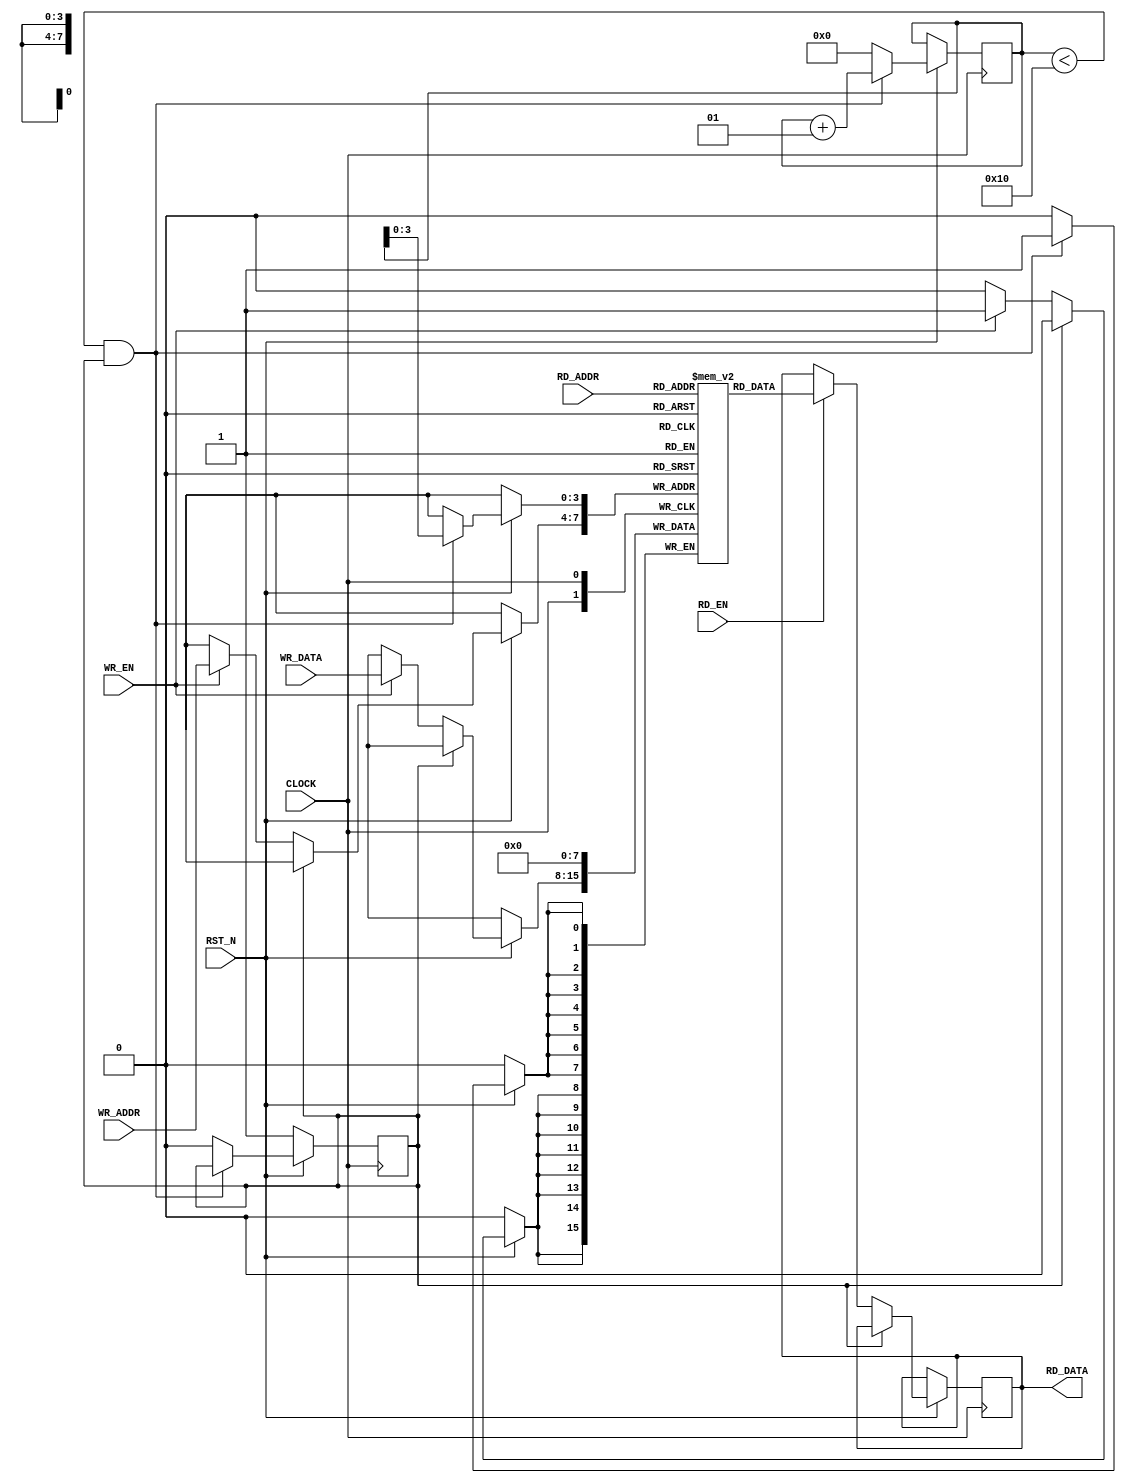
module ram #(
	parameter G_ADDR_WIDTH = 4,
	parameter G_DATA_WIDTH = 8
)(
	input CLOCK, RST_N, RD_EN, WR_EN,
	input [G_ADDR_WIDTH-1 : 0] RD_ADDR, WR_ADDR,
	input [G_DATA_WIDTH-1 : 0] WR_DATA, 
	output reg [G_DATA_WIDTH-1 : 0] RD_DATA
);

localparam DEPTH_RAM = 2**G_ADDR_WIDTH;
reg [G_DATA_WIDTH-1 : 0] memory [0 : DEPTH_RAM-1];
integer count = 0;
reg reset_done;

always @(posedge CLOCK) begin
	if(!RST_N)
		reset_done <= 1'b1;
	else begin
		if ((count <(2**G_ADDR_WIDTH)) && reset_done==1'b1 ) begin
			memory[count] <= 0;
			count <= count + 1;
		end
		else begin
			count <= 0;
			reset_done <= 1'b0;
		end
		
		if (!reset_done) begin
			if (WR_EN)
				memory[WR_ADDR] <= WR_DATA;
			
			if(RD_EN)
				RD_DATA <= memory[RD_ADDR];
		end
	end
end

endmodule